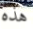
هذه